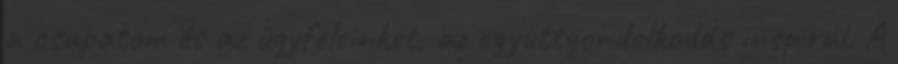
a csapatom és az ügyfeleinket, az együttgondolkodás inspirál. A